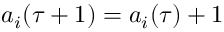
a _ { i } ( \tau + 1 ) = a _ { i } ( \tau ) + 1